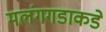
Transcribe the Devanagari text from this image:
मलंगगडाकडे